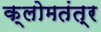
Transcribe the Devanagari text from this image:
क्लोमतंत्र